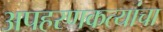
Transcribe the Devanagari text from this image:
अपहरणकत्यांचा